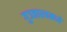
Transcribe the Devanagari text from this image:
गुञ्जारवमध्ये